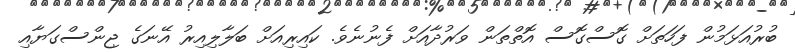
ބުރުއަޅަމުން ފަހަތަށް ގޮސްގޮސް އޮތްތަން ވަރުދާއަށް ފެނުނެވެ. ކައިރިއަށް ބަލާލިއިރު އޭނަގެ ޖިންސްގަޔާއި